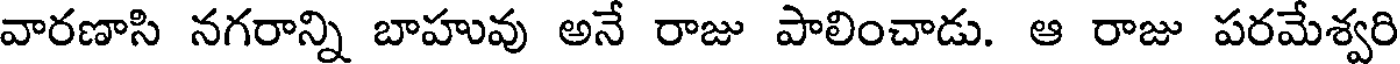
వారణాసి నగరాన్ని బాహువు అనే రాజు పాలించాడు. ఆ రాజు పరమేశ్వరి